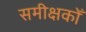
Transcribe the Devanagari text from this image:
समीक्षकोँ